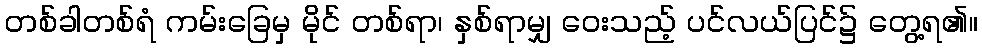
တစ်ခါတစ်ရံ ကမ်းခြေမှ မိုင် တစ်ရာ၊ နှစ်ရာမျှ ဝေးသည့် ပင်လယ်ပြင်၌ တွေ့ရ၏။